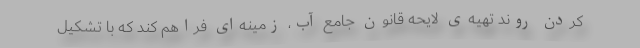
کردن روند تهیه‌ی لایحه قانون جامع آب، زمینه‌ای فراهم کند که با تشکیل